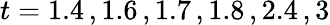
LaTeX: t=1.4\, ,1.6\, ,1.7\, ,1.8\, ,2.4\, ,3